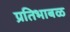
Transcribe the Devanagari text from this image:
प्रतिभाबळ